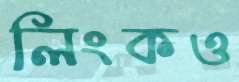
লিংকও